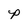
Character: p